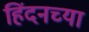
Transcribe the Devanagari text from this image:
हिंदनच्या